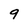
Character: 9